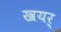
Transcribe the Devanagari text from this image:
खयर्